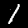
Label: 1